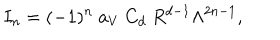
I _ { n } = ( - 1 ) ^ { n } ~ a _ { V } ~ C _ { d } ~ R ^ { d - 1 } \Lambda ^ { 2 n - 1 } ,